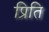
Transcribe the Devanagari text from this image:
प्रिति